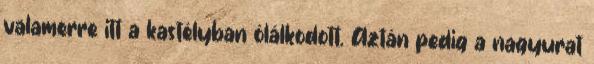
valamerre itt a kastélyban ólálkodott. Aztán pedig a nagyurat